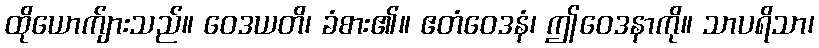
ထိုယောက်ျားသည်။ ဝေဒယတိ၊ ခံစား၏။ ဧတံဝေဒနံ၊ ဤဝေဒနာကို။ သာပရိသာ၊